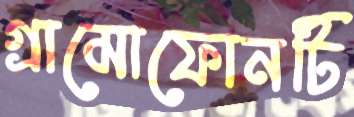
গ্রামোফোনটি